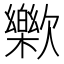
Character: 𣤰